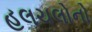
હલચલોનો